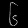
Digit: ၆